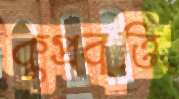
কুপ্রবৃত্তি